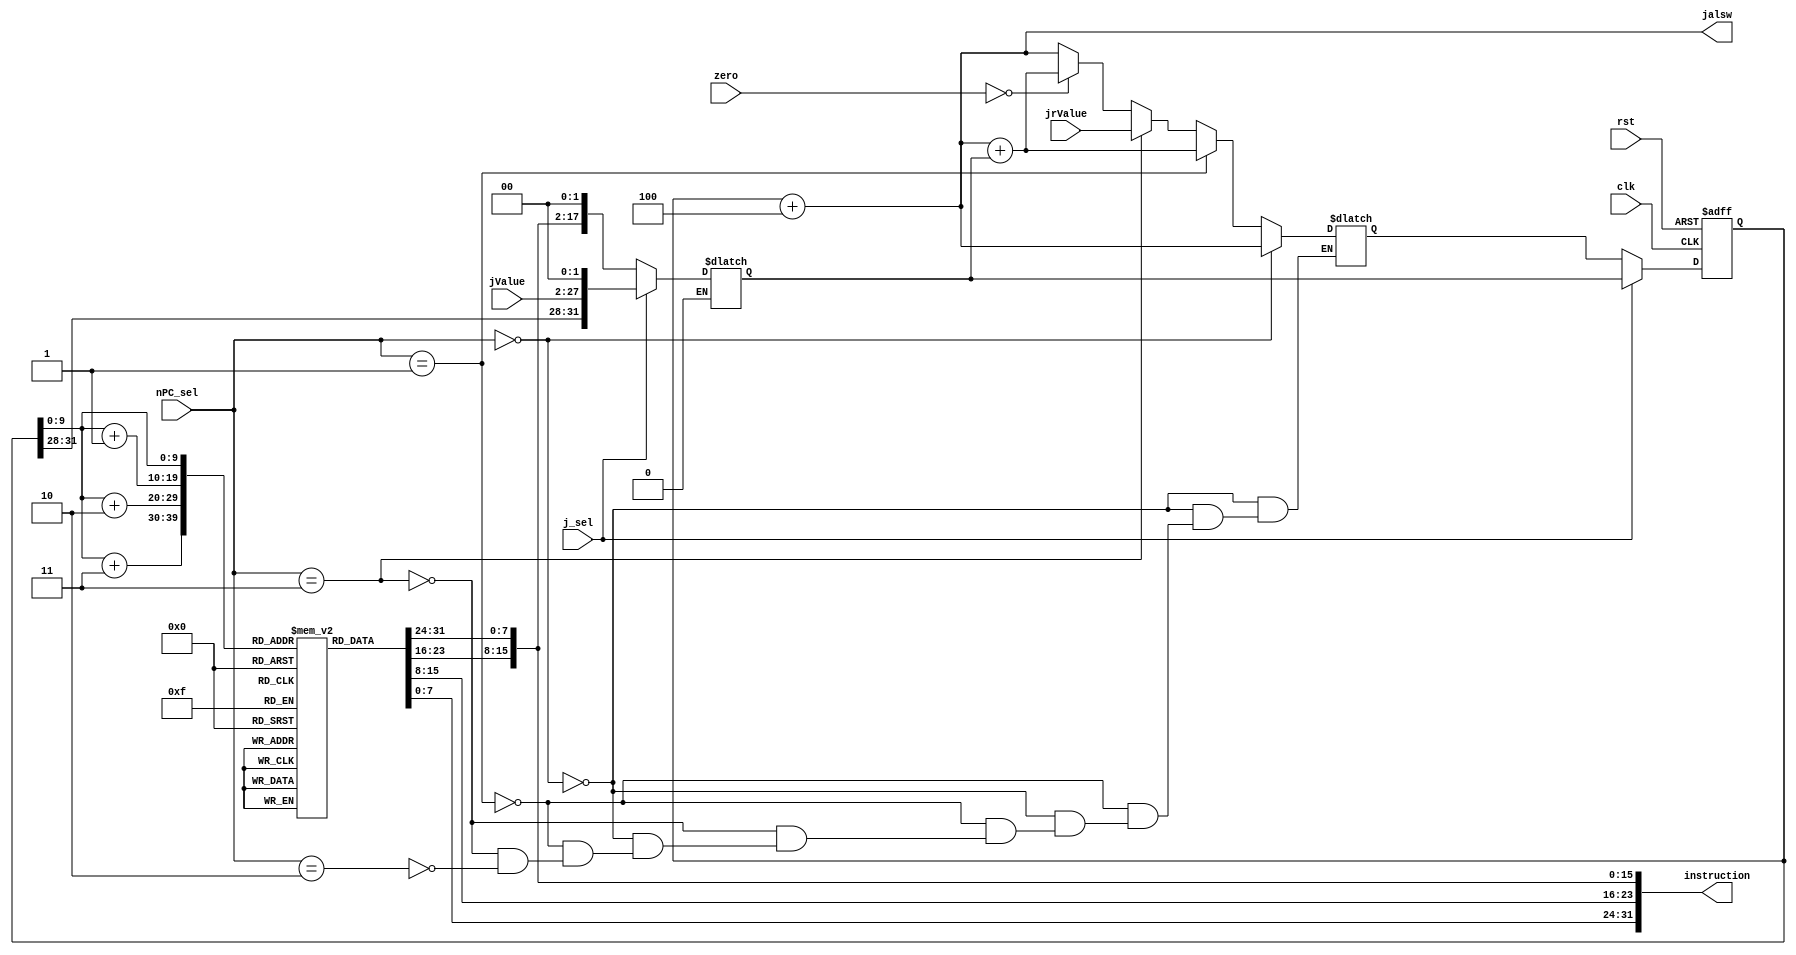
module ifu(nPC_sel,zero,clk,rst,instruction,j_sel,jValue,jrValue,jalsw);
  input clk,rst;
  input [1:0]nPC_sel;
  input [31:0]zero;
  input j_sel;
  input [25:0]jValue;
  input [31:0]jrValue;
  output [31:0]instruction,jalsw;
  
  reg [31:0]pc;
  reg [7:0]im[1023:0];
  reg [31:0]pcnew;
  wire [31:0]temp,t0,t1,t2;
  wire [15:0]imm16;
  reg [31:0]extout;
  
  assign instruction={im[pc[9:0]],im[pc[9:0]+1],im[pc[9:0]+2],im[pc[9:0]+3]};
  
  assign imm16=instruction[15:0];
  
  assign temp={{16{imm16[15]}},imm16};//branch
  
  //j
  always@(*)begin
    if(j_sel==1)begin
      extout={pc[31:28],jValue[25:0],2'b0};
    end
      if(j_sel==0)begin
      extout={temp[31:0]<<2};//{14{imm[15]},imm16}//beq
    end
  end
    //beq ext18(16<<2)    j ext28(address<<2)+[3:0]pc+4
  assign t0=pc+4;
  assign t1=t0+extout;//mux
  assign t2=jrValue;
  assign jalsw=t0;
  always@(*)
  begin
    if(nPC_sel==2'b00)begin
      pcnew=t0;//+4
    end
    else if(nPC_sel==2'b01)begin
      pcnew=t1;//branch
    end
    else if(nPC_sel==2'b11)begin
      pcnew=t2;//jrValue
    end
    else if(nPC_sel==2'b10)begin//beq
      if(zero==0)begin
        pcnew=t1;
      end
    else begin
      pcnew=t0;
    end
    end
  end
  
  //reset
  always@(posedge clk,posedge rst)
  begin
    if(rst) pc=32'h0000_3000;
      else if(j_sel==0)pc=pcnew;
      else if(j_sel==1)pc=extout;
  end
  
endmodule